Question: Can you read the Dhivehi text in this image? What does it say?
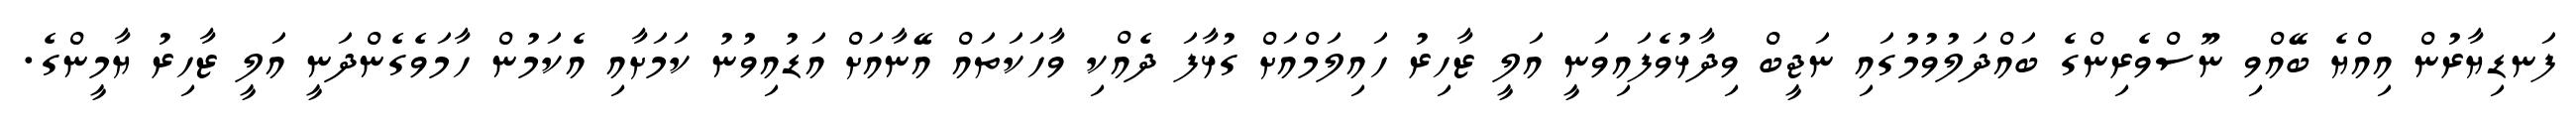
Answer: ފަނޑިޔާރުން އިއްޔެ ބޭއްވި ނޫސްވެރިންގެ ބައްދަލުވުމުގައި ނަޖީބް ވިދާޅުވެފައިވަނީ އަލީ ޒާހިރު ހައިލަމްއަށް ގުޅާފަ ދެއްކި ވާހަކަތައް އޭނާއަށް އަޑުއިވުނު ކަމަށާއި އެކަމުން ހާމަވެގެންދަނީ އަލީ ޒާހިރު ޔާމީންގެ.